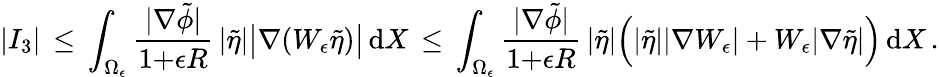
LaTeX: |I_{3}|\, \le\, \int_{\Omega_{\epsilon}}\frac{|\nabla\tilde{\phi}|}{1{+}\epsilon R}\, |\tilde{\eta}|\bigl|\nabla(W_{\epsilon}\tilde{\eta})\bigr|\, \mathrm{d}X\, \le\, \int_{\Omega_{\epsilon}}\frac{|\nabla\tilde{\phi}|}{1{+}\epsilon R}\, |\tilde{\eta}|\Bigl(|\tilde{\eta}||\nabla W_{\epsilon}|+W_{\epsilon}|\nabla\tilde{\eta}|\Bigr)\, \mathrm{d}X\, .